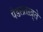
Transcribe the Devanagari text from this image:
पैडलतख़्ते